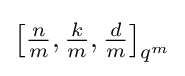
\left[{\tfrac {n}{m}},{\tfrac {k}{m}},{\tfrac {d}{m}}\right]_{q^{m}}